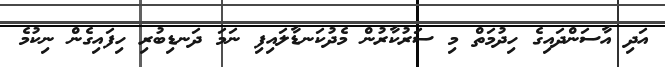
އަދި އާސަންދައިގެ ހިދުމަތް މި ސަރުކާރުން މެދުކަނޑާލައިފި ނަމަ ދަނޑިބުރި ހިފައިގެން ނިކުމެ